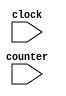
module parte1maq2 (clock, counter);
  input clock;
  input [1:0] counter;

  //Possveis operaes
  parameter readMiss = 2'b00;
  parameter invalidate = 2'b01;
  parameter writeMiss = 2'b10;
  
  //Estados do Processador
  parameter invalid = 2'b00;
  parameter exclusive = 2'b01;
  parameter shared = 2'b10;
  
  //Aes do Processador
  parameter empty = 1'b0;
  parameter writeBackBlockAbortMemoryAccess = 1'b1;

  reg [1:0] estado;
  reg action;

  initial
    estado <= 1;

  always @(posedge clock)
    case(estado)
      invalid:
        begin
          estado <= invalid;
          action <= empty;
        end

      exclusive:
        case(counter)
          writeMiss:
            begin
              estado <= invalid;
              action <= writeBackBlockAbortMemoryAccess;
            end
          readMiss:
            begin
              estado <= shared;
              action <= writeBackBlockAbortMemoryAccess;
            end
        endcase

      shared:
        case(counter)
          writeMiss, invalidate:
            begin
              estado <= invalid;
              action <= empty;
            end
          readMiss:
            begin
              estado <= shared;
              action <= empty;
            end
        endcase
    endcase
endmodule